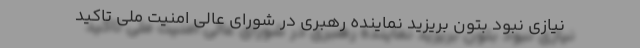
نیازی نبود بتون بریزید نماینده رهبری در شورای عالی امنیت ملی تاکید